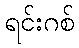
ရင်းဂစ်